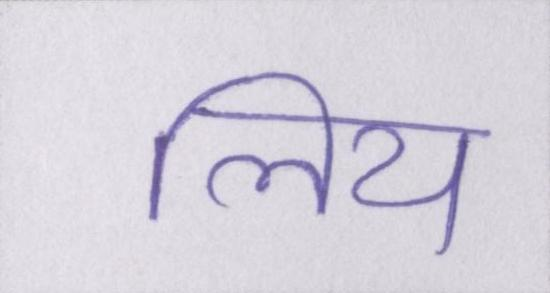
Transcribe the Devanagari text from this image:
लिय